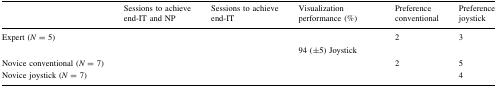
<table><thead><tr><td>[EMPTY_CELL]</td><td><b>Sessions to achieve end-IT and NP</b></td><td><b>Sessions to achieve end-IT</b></td><td><b>Visualization performance (%)</b></td><td><b>Preference conventional</b></td><td><b>Preference joystick</b></td></tr></thead><tbody><tr><td rowspan="2">Expert (<i>N</i> = 5)</td><td rowspan="2">[EMPTY_CELL]</td><td rowspan="2">[EMPTY_CELL]</td><td>[EMPTY_CELL]</td><td rowspan="2">2</td><td rowspan="2">3</td></tr><tr><td>94 (±5) Joystick</td></tr><tr><td>Novice conventional (<i>N</i> = 7)</td><td>[EMPTY_CELL]</td><td>[EMPTY_CELL]</td><td>[EMPTY_CELL]</td><td>2</td><td>5</td></tr><tr><td>Novice joystick (<i>N</i> = 7)</td><td>[EMPTY_CELL]</td><td>[EMPTY_CELL]</td><td>[EMPTY_CELL]</td><td>[EMPTY_CELL]</td><td>4</td></tr></tbody></table>